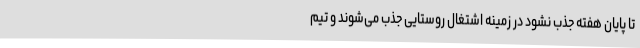
تا پایان هفته جذب نشود در زمینه اشتغال روستایی جذب می‌شوند و تیم